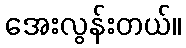
အေးလွန်းတယ်။